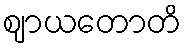
ဈာယတောတိ